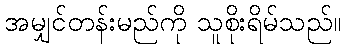
အမျှင်တန်းမည်ကို သူစိုးရိမ်သည်။